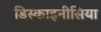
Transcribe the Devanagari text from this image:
डिस्काइनीसिया